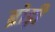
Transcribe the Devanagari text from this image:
ब्रोड़ी